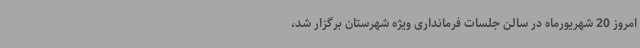
امروز 20 شهریورماه در سالن جلسات فرمانداری ویژه شهرستان برگزار شد،